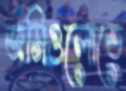
জমিগুলোতে